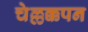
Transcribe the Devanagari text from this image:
चेल्लक्कपन